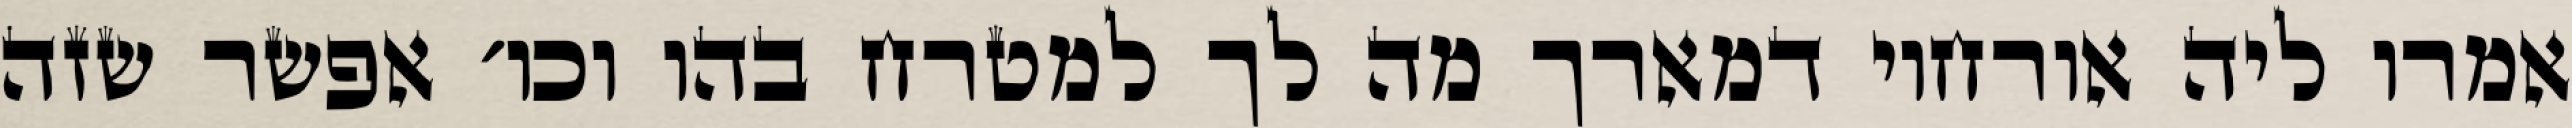
אמרו ליה אורחוי דמארך מה לך למטרח בהו וכו׳ אפשר שזה